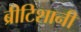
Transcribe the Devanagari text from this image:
ब्रीटिशानी